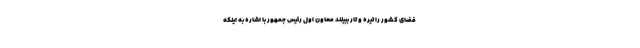
فضای کشور را تیره و تار ببینند معاون اول رئیس جمهور با اشاره به اینکه